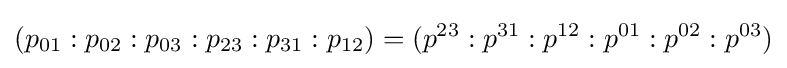
(p_{01}:p_{02}:p_{03}:p_{23}:p_{31}:p_{12})=(p^{23}:p^{31}:p^{12}:p^{01}:p^{02}:p^{03})